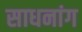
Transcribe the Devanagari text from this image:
साधनांग